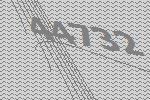
44732